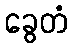
ခွေတံ